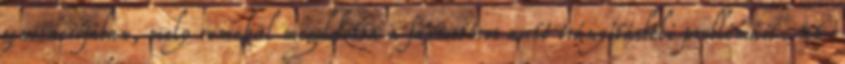
generációjában, mely remekül megoldotta a farmotoros autó irányításbeli problémáit. 26